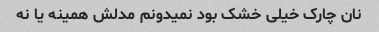
نان چارک خیلی خشک بود نمیدونم مدلش همینه یا نه